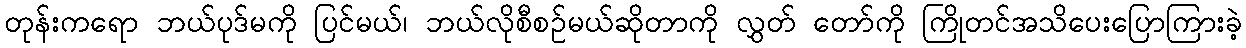
တုန်းကရော ဘယ်ပုဒ်မကို ပြင်မယ်၊ ဘယ်လိုစီစဉ်မယ်ဆိုတာကို လွှတ် တော်ကို ကြိုတင်အသိပေးပြောကြားခဲ့